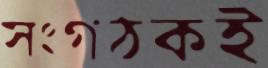
সংগঠকই